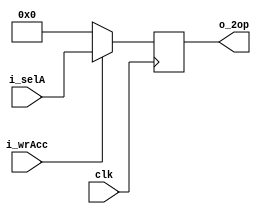
`timescale 1ns / 1ps
//////////////////////////////////////////////////////////////////////////////////
// Company: 
// Engineer: 
// 
// Design Name: 
// Module Name: accumulator
// Project Name: 
// Target Devices: 
// Tool Versions: 
// Description: 
// 
// Dependencies: 
// 
// Revision:
// Revision 0.01 - File Created
// Additional Comments:
// 
//////////////////////////////////////////////////////////////////////////////////


module accumulator(
    output [15:0] o_2op,
    input clk,
    input [15:0] i_selA,
    input i_wrAcc
    );
    
    reg signed [15:0] value, new_value;
    
    always @(posedge clk)
    begin
        value <= new_value;
    end
    
    always @*
    begin
        if (i_wrAcc)
            new_value = i_selA;
        else
            new_value = 16'b0;
    end
    
    assign o_2op = value;
endmodule